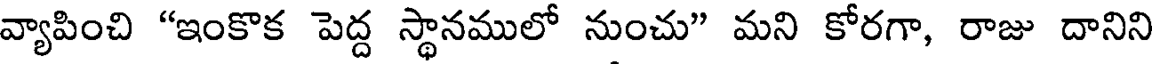
వ్యాపించి "ఇంకొక పెద్ద స్థానములో నుంచు" మని కోరగా, రాజు దానిని